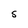
Character: S